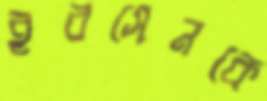
ইবসেনকে